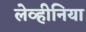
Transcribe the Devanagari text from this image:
लेव्हीनिया